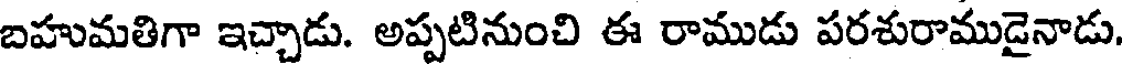
బహుమతిగా ఇచ్చాడు. అప్పటినుంచి ఈ రాముడు పరశురాముడైనాడు.